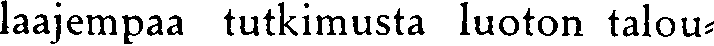
laajempaa tutkimusta luoton talou-